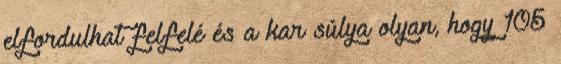
elfordulhat felfelé és a kar súlya olyan, hogy 105